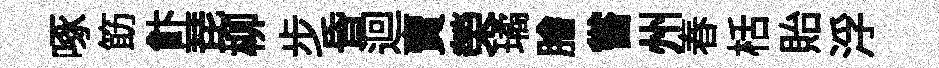
啄筯飰琵柳步昏迴賣榮璚膾嘗州春栝貽浮